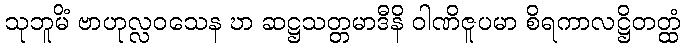
သုဘူမိံ ဗာဟုလ္လဝသေန ဎာ ဆဋ္ဌသတ္တမာဒီနိ ဝါဏိဇူပမာ စိရကာလဋ္ဌိတတ္ထံ